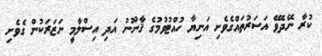
ކުރާ ނޭދެވޭ އަސަރުތައްގެވެށި އަނިޔާ ހުއްޓުވުމުގެ ޤާނޫނު އަދި އިސްލާމީ ނަޒަރަކުން ގެވެށި